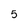
Character: 5